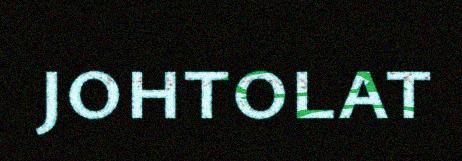
johtolat